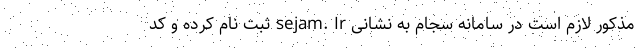
مذکور لازم است در سامانه سجام به نشانی sejam. Ir ثبت نام کرده و کد